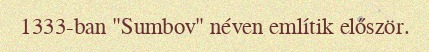
1333-ban "Sumbov" néven említik először.